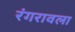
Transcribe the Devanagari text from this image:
रंगरावला